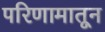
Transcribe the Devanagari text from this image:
परिणामातून